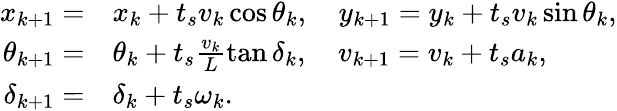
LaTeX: \begin{array}{r}{\begin{array}{rl}{x_{k+1}=}&{x_{k}+t_{s}v_{k}\cos{\theta_{k}},\quad y_{k+1}=y_{k}+t_{s}v_{k}\sin{\theta_{k}},}\\ {\theta_{k+1}=}&{\theta_{k}+t_{s}\frac{v_{k}}{L}\tan{\delta_{k}},\quad v_{k+1}=v_{k}+t_{s}a_{k},}\\ {\delta_{k+1}=}&{\delta_{k}+t_{s}\omega_{k}.}\end{array}}\end{array}